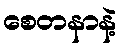
စေတနာနဲ့